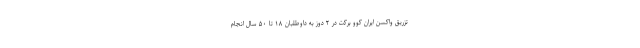
تزریق واکسن ایران کوو برکت در ۲ دوز به داوطلبان ۱۸ تا ۵۰ سال انجام